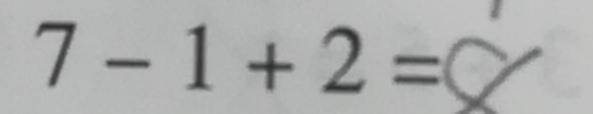
7 - 1 + 2 = 8